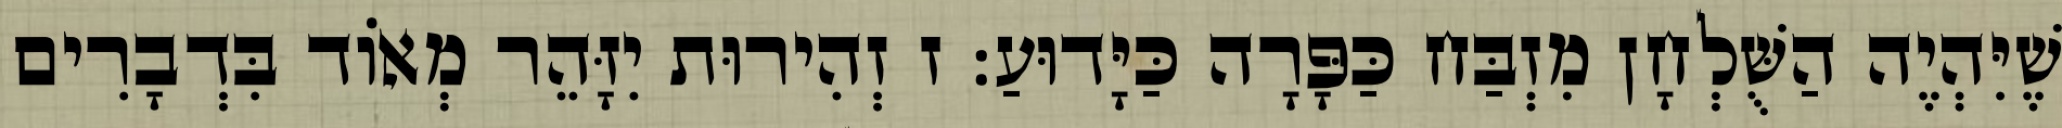
שֶׁיִּהְיֶה הַשֻּׁלְחָן מִזְבַּח כַּפָּרָה כַּיָּדוּעַ: ז זְהִירוּת יִזָּהֵר מְאוֹד בִּדְבָרִים